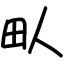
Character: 㽗